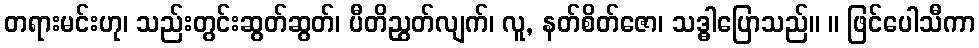
တရားမင်းဟု၊ သည်းတွင်းဆွတ်ဆွတ်၊ ပီတိညွတ်လျက်၊ လူ, နတ်စိတ်ဇော၊ သဒ္ဓါပြောသည်။ ။ ဖြင်ပေါသီကာ